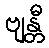
ဗျန္တီ